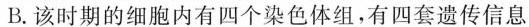
B.该时期的细胞内有四个染色体组，有四套遗传信息